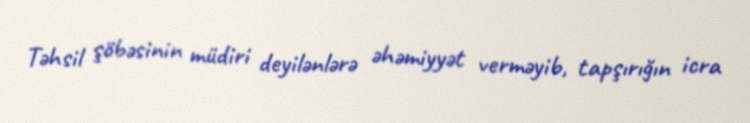
Təhsil şöbəsinin müdiri deyilənlərə əhəmiyyət verməyib, tapşırığın icra